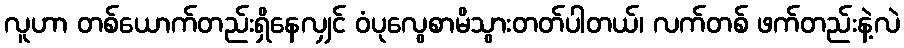
လူဟာ တစ်ယောက်တည်းရှိနေလျှင် ဝံပုလွေစာမိသွားတတ်ပါတယ်၊ လက်တစ် ဖက်တည်းနဲ့လဲ